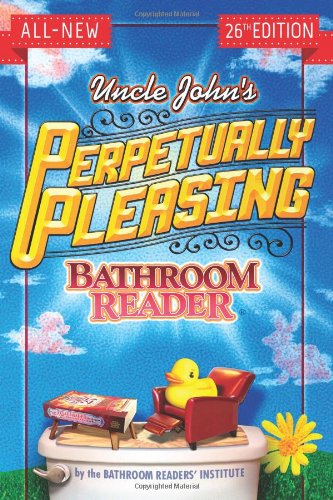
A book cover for Uncle John's Perpetually Pleasing Bathroom Reader (Uncle John's Bathroom Reader); Bathroom Readers' Institute; Humor & Entertainment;